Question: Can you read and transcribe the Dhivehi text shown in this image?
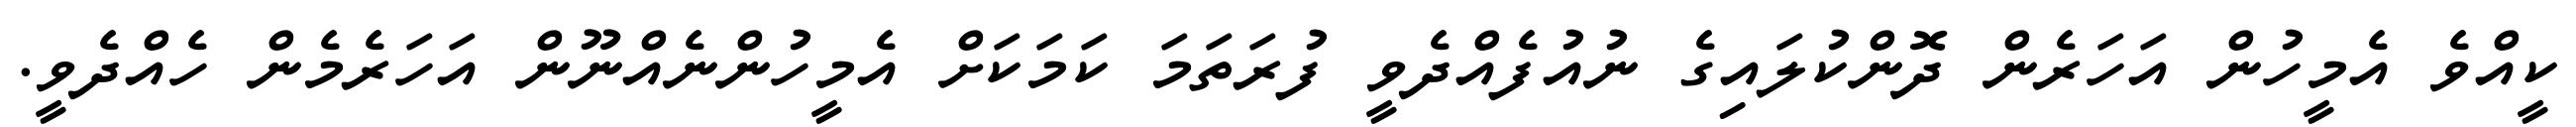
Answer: ކީއްވެ އެމީހުން އަހަރެން ދޮންކުލައިގެ ނުއުފެއްދެވީ ފުރަތަމަ ކަމަކަށް އެމީހުންނެއްނޫން އަހަރެމެން ހެއްދެވީ.